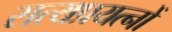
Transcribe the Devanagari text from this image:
सत्यप्रयत्नों